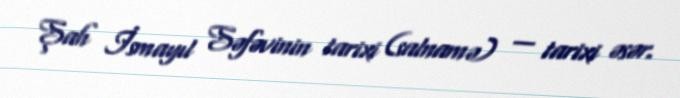
Şah İsmayıl Səfəvinin tarixi (salnamə) — tarixi əsər.